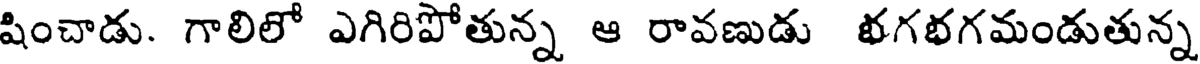
షించాడు. గాలిలో ఎగిరిపోతున్న ఆ రావణుడు భగభగమండుతున్న